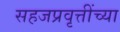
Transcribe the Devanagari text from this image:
सहजप्रवृत्तींच्या